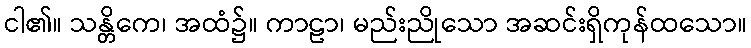
ငါ၏။ သန္တိကေ၊ အထံ၌။ ကာဠာ၊ မည်းညိုသော အဆင်းရှိကုန်ထသော။